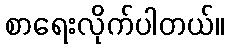
စာရေးလိုက်ပါတယ်။